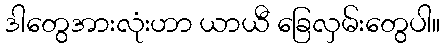
ဒါတွေအားလုံးဟာ ယာယီ ခြေလှမ်းတွေပါ။